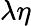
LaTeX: \lambda\eta